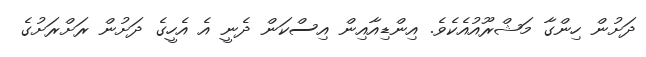
ދަށުން ހިންގާ މަޝްރޫއުއެކެވެ. އިންޑިއާއިން އިސްކަން ދެނީ އެ އެހީގެ ދަށުން ރަށްރަށުގެ